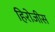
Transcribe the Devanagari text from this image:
हिरोजीस